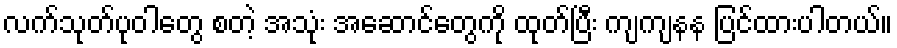
လက်သုတ်ပုဝါတွေ စတဲ့ အသုံး အဆောင်တွေကို ထုတ်ပြီး ကျကျနန ပြင်ထားပါတယ်။